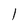
Character: 1